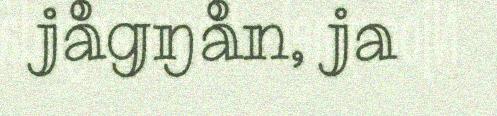
jågŋån, ja